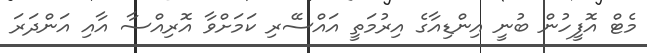
މެޓް އޮފީހުން ބުނީ އިންޑިއާގެ އިރުމަތީ އައްސޭރި ކަމަށްވާ އޮރިއްސާ އާއި އަންދަރަ